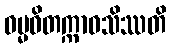
ဓမ္မဝိတက္ကာဝသိဿတိ